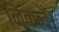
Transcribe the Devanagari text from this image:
निकलेँ।